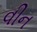
વીન